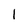
Character: 1